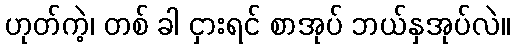
ဟုတ်ကဲ့၊ တစ် ခါ ငှားရင် စာအုပ် ဘယ်နှအုပ်လဲ။